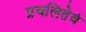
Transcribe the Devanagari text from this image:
प्रचलितेवं